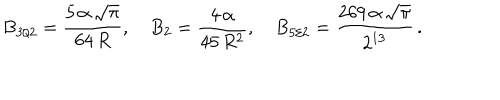
B _ { 3 / 2 } = \frac { 5 \, \alpha \, \sqrt \pi } { 6 4 \, R } , \quad B _ { 2 } = \frac { 4 \, \alpha } { 4 5 \, R ^ { 2 } } , \quad B _ { 5 / 2 } = \frac { 2 6 9 \, \alpha \, \sqrt \pi } { 2 ^ { 1 3 } } \, { . }